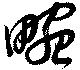
畹